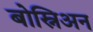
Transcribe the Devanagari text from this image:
बोस्निअन